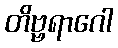
တိဗ္ဗရာဂေါ